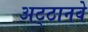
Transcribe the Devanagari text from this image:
अट्‍ठानवे